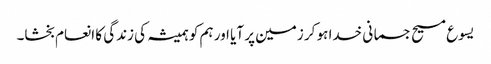
یسوع مسیح جسمانی خدا ہو کر زمین پر آیا اور ہم کو ہمیشہ کی زندگی کا انعام بخشا۔